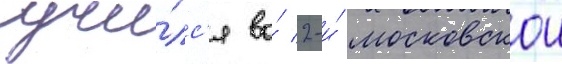
учи́лс'я во́ 2-и́ московскои